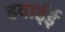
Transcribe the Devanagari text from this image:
हवाईई